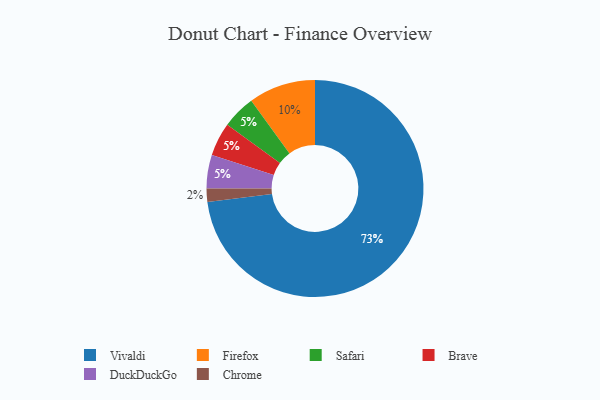
{"axis": {"x": "Category", "y": "Percentage"}, "legend": ["Brave", "Chrome", "DuckDuckGo", "Firefox", "Safari", "Vivaldi"], "data": [{"x": "Safari", "y": 5, "type": "Safari"}, {"x": "Firefox", "y": 10, "type": "Firefox"}, {"x": "Vivaldi", "y": 73, "type": "Vivaldi"}, {"x": "Brave", "y": 5, "type": "Brave"}, {"x": "DuckDuckGo", "y": 5, "type": "DuckDuckGo"}, {"x": "Chrome", "y": 2, "type": "Chrome"}]}